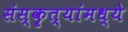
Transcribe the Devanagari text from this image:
संस्कॄत्यांमध्ये